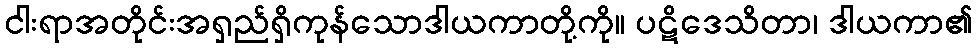
ငါးရာအတိုင်းအရှည်ရှိကုန်သောဒါယကာတို့ကို။ ပဋိဒေသိတာ၊ ဒါယကာ၏